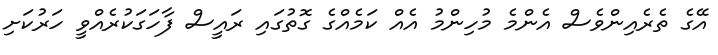
އޭގެ ތެރެއިންވެސް އެންމެ މުހިންމު އެއް ކަމެއްގެ ގޮތުގައި ރައީސް ފާހަގަކުރެއްވީ ހަރުކަށި